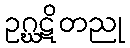
ဥဂ္ဃဋိတညု